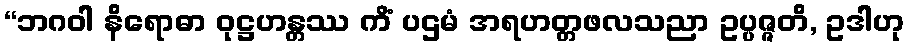
“ဘဂဝါ နိရောဓာ ဝုဋ္ဌဟန္တဿ ကိံ ပဌမံ အရဟတ္တဖလသညာ ဥပ္ပဇ္ဇတိ, ဥဒါဟု